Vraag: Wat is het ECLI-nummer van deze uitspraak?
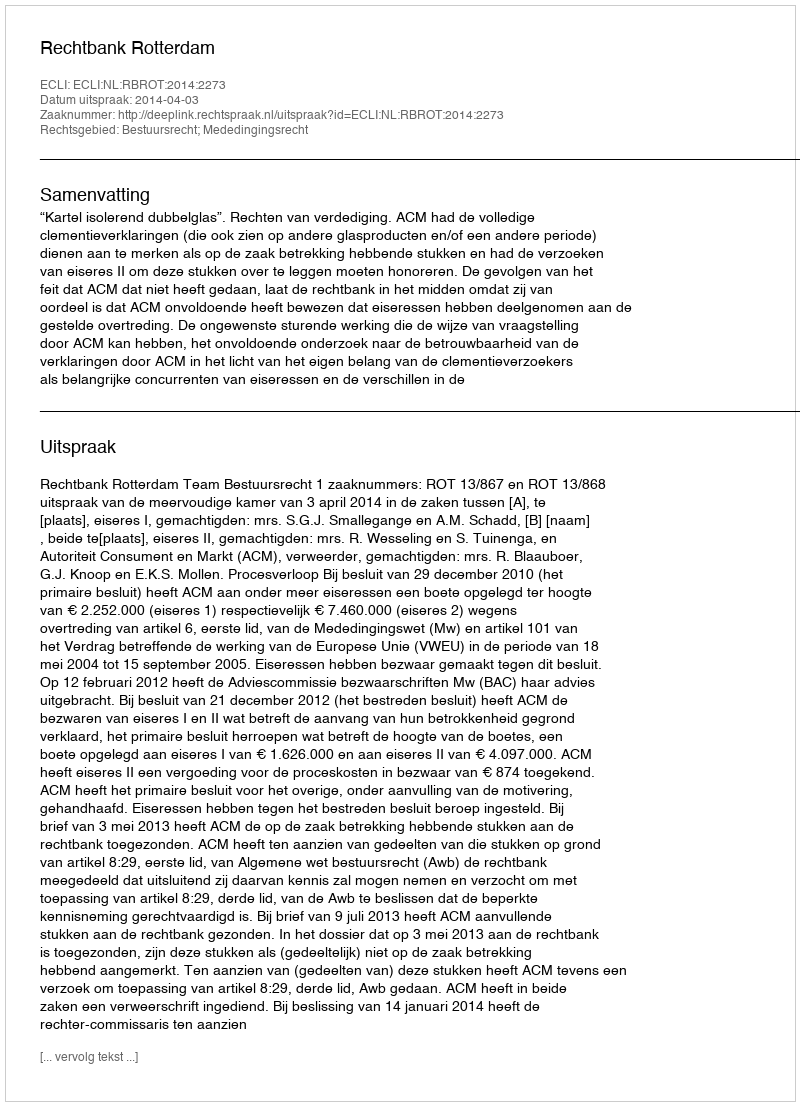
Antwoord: ECLI:NL:RBROT:2014:2273